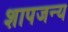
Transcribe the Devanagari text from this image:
शापजन्य